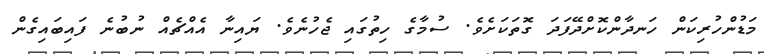
މަޑުންހުރިކަން ހަނދާންކޮށްދޭފަދަ ގޮތަކަށެވެ. ސުމާގެ ހިތުގައި ޖެހުނެވެ. ޔައިނާ އެއްޗެއް ނުބުނެ ފައިބައިގެން